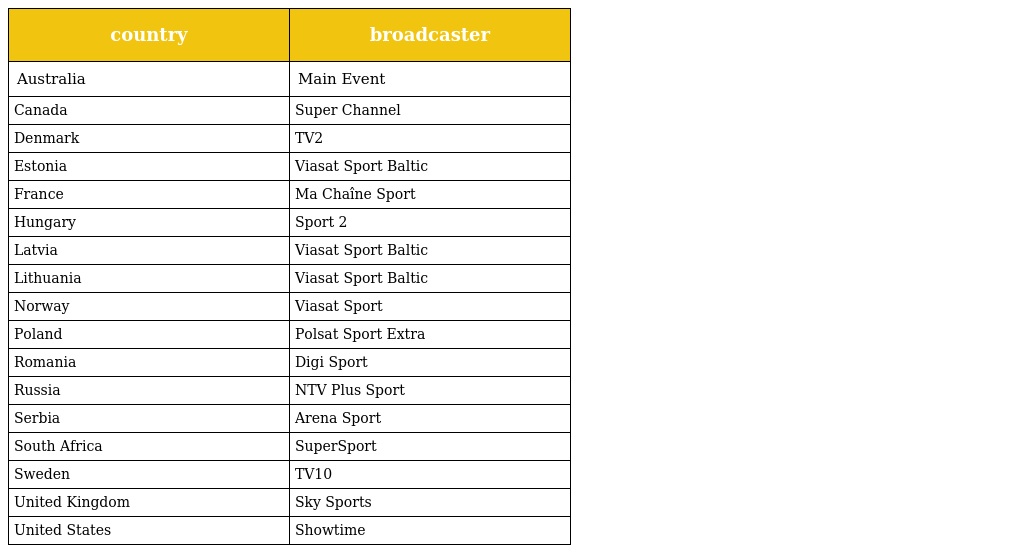
| country | broadcaster |
 | --- | --- |
 | Australia | Main Event |
 | Canada | Super Channel |
 | Denmark | TV2 |
 | Estonia | Viasat Sport Baltic |
 | France | Ma Chaîne Sport |
 | Hungary | Sport 2 |
 | Latvia | Viasat Sport Baltic |
 | Lithuania | Viasat Sport Baltic |
 | Norway | Viasat Sport |
 | Poland | Polsat Sport Extra |
 | Romania | Digi Sport |
 | Russia | NTV Plus Sport |
 | Serbia | Arena Sport |
 | South Africa | SuperSport |
 | Sweden | TV10 |
 | United Kingdom | Sky Sports |
 | United States | Showtime |